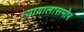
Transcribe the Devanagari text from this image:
न्यायालासमोर